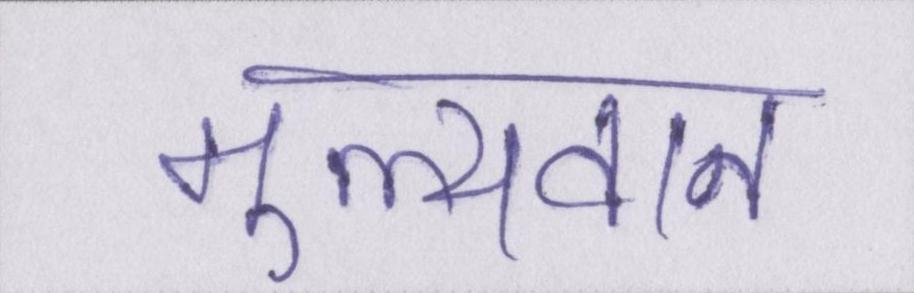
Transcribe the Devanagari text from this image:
मूल्यवान